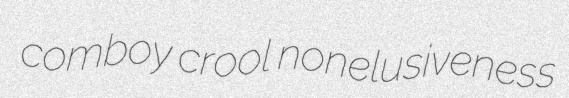
comboy crool nonelusiveness